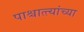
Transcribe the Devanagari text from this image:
पाश्चात्त्यांच्या